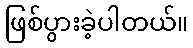
ဖြစ်ပွားခဲ့ပါတယ်။